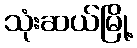
သုံးဆယ်မြို့